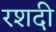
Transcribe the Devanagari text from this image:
रशदी